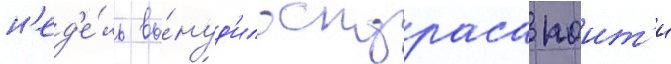
н'ед'е́ль вы́нуд'ило скураса поит'и